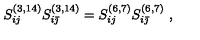
S _ { i j } ^ { ( 3 , 1 4 ) } S _ { i { \bar { \jmath } } } ^ { ( 3 , 1 4 ) } = S _ { i j } ^ { ( 6 , 7 ) } S _ { i { \bar { \jmath } } } ^ { ( 6 , 7 ) } \ ,